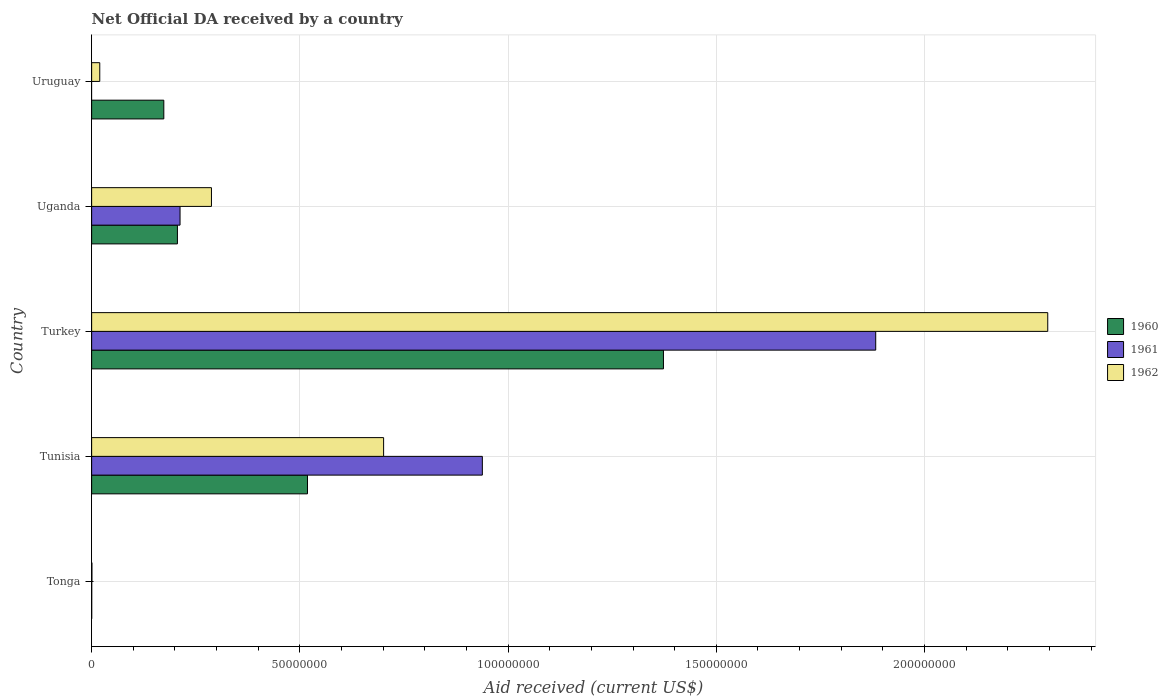
| Country | 1960 | 1961 | 1962 |
 | --- | --- | --- | --- |
 | Tonga | 1e+04 | 2e+04 | 7e+04 |
 | Tunisia | 5.18e+07 | 9.38e+07 | 7.01e+07 |
 | Turkey | 1.37e+08 | 1.88e+08 | 2.3e+08 |
 | Uganda | 2.06e+07 | 2.12e+07 | 2.88e+07 |
 | Uruguay | 1.73e+07 | -5.7e+05 | 1.95e+06 |